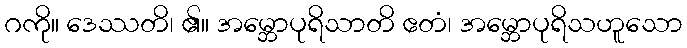
ဂကို။ ဒေဿတိ၊ ၏။ အမ္ဘောပုရိသာတိ ဧတံ၊ အမ္ဘောပုရိသဟူသော